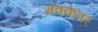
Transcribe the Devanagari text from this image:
मक्केवर